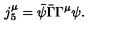
j _ { 5 } ^ { \mu } = \bar { \psi } \bar { \Gamma } \Gamma ^ { \mu } \psi .